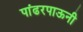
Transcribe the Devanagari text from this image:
पांढरपाऊनी